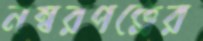
নম্বরপত্রের